Plague in India, 1896, 1897 - Volume 1
Year: 1896
Disease focus: Plague
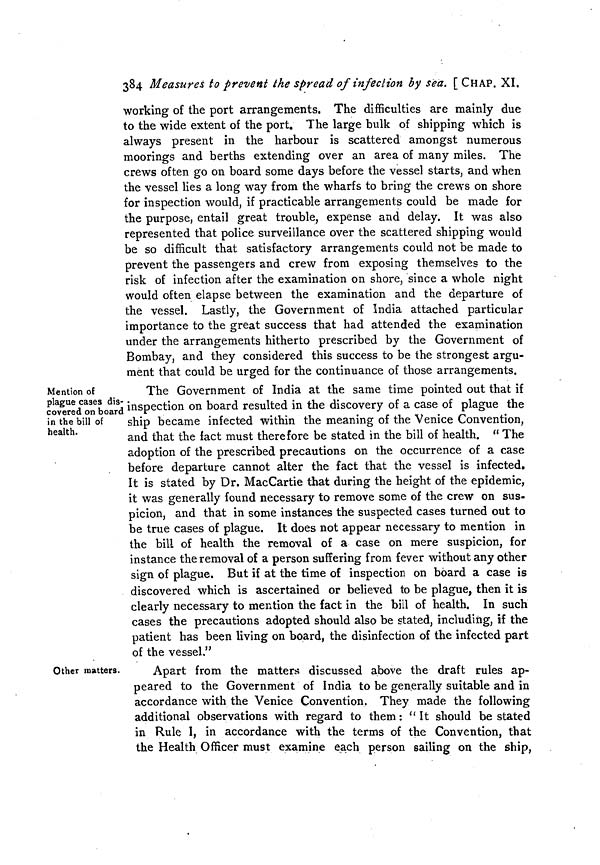
384 Measures to prevent the spread of infection by sea. [CHAP. XI.
working of the port arrangements. The difficulties are mainly due
to the wide extent of the port. The large bulk of shipping which is
always present in the harbour is scattered amongst numerous
moorings and berths extending over an area of many miles. The
crews often go on board some days before the vessel starts, and when
the vessel lies a long way from the wharfs to bring the crews on shore
for inspection would, if practicable arrangements could be made for
the purpose, entail great trouble, expense and delay. It was also
represented that police surveillance over the scattered shipping would
be so difficult that satisfactory arrangements could not be made to
prevent the passengers and crew from exposing themselves to the
risk of infection after the examination on shore, since a whole night
would often elapse between the examination and the departure of
the vessel. Lastly, the Government of India attached particular
importance to the great success that had attended the examination
under the arrangements hitherto prescribed by the Government of
Bombay, and they considered this success to be the strongest argu-
ment that could be urged for the continuance of those arrangements.
Mention of
plague cases dis-
covered on board
in the bill of
health.
The Government of India at the same time pointed out that if
inspection on board resulted in the discovery of a case of plague the
ship became infected within the meaning of the Venice Convention,
and that the fact must therefore be stated in the bill of health. " The
adoption of the prescribed precautions on the occurrence of a case
before departure cannot alter the fact that the vessel is infected.
It is stated by Dr. MacCartie that during the height of the epidemic,
it was generally found necessary to remove some of the crew on sus-
picion, and that in some instances the suspected cases turned out to
be true cases of plague. It does not appear necessary to mention in
the bill of health the removal of a case on mere suspicion, for
instance the removal of a person suffering from fever without any other
sign of plague. But if at the time of inspection on board a case is
discovered which is ascertained or believed to be plague, then it is
clearly necessary to mention the fact in the bill of health. In such
cases the precautions adopted should also be stated, including, if the
patient has been living on board, the disinfection of the infected part
of the vessel."
Other matters.
Apart from the matters discussed above the draft rules ap-
peared to the Government of India to be generally suitable and in
accordance with the Venice Convention. They made the following
additional observations with regard to them: " It should be stated
in Rule I, in accordance with the terms of the Convention, that
the Health Officer must examine each person sailing on the ship,